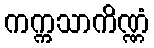
ကက္ကသာကိဏ္ဏံ